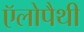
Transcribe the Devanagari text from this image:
ऍलोपैथी